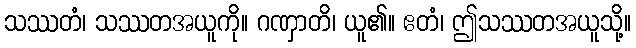
သဿတံ၊ သဿတအယူကို။ ဂဏှာတိ၊ ယူ၏။ ဧတံ၊ ဤသဿတအယူသို့။